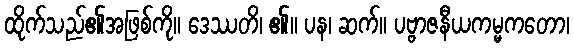
ထိုက်သည်၏အဖြစ်ကို။ ဒေဿတိ၊ ၏။ ပန၊ ဆက်။ ပဗ္ဗာဇနီယကမ္မကတော၊